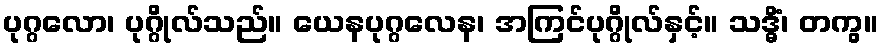
ပုဂ္ဂလော၊ ပုဂ္ဂိုလ်သည်။ ယေနပုဂ္ဂလေန၊ အကြင်ပုဂ္ဂိုလ်နှင့်။ သဒ္ဓိံ၊ တကွ။